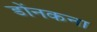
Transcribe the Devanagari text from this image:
डोंनकना